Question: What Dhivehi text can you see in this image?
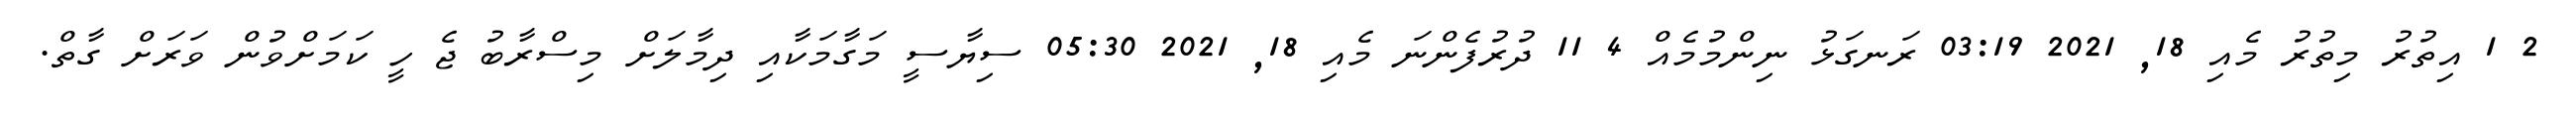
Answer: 2 1 އިތުރު މިތުރު މެއި 18, 2021 03:19 ރަނގަޅު ނިންމުމެއް 4 11 ދުރުފެންނަ މެއި 18, 2021 05:30 ސިޔާސީ މަގާމަކާއި ދިމާލަށް މިސްރާބު ޖެ ހީ ކަމަށްވުން ވަރަށް ގާތް.